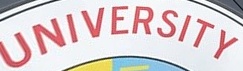
UNIVERSITY